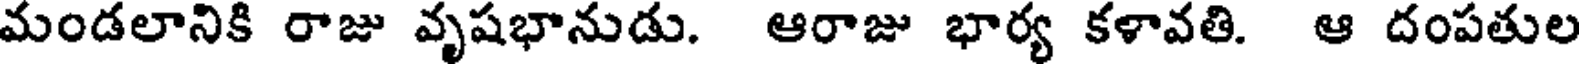
మండలానికి రాజు వృషభానుడు. ఆరాజు భార్య కళావతి. ఆ దంపతుల